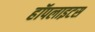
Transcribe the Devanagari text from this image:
हॉपलाइटस